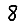
Digit: 8